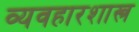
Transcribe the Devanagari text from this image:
व्यवहारशास्त्र